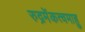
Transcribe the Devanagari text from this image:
रुद्रमेंकत्वमाहु